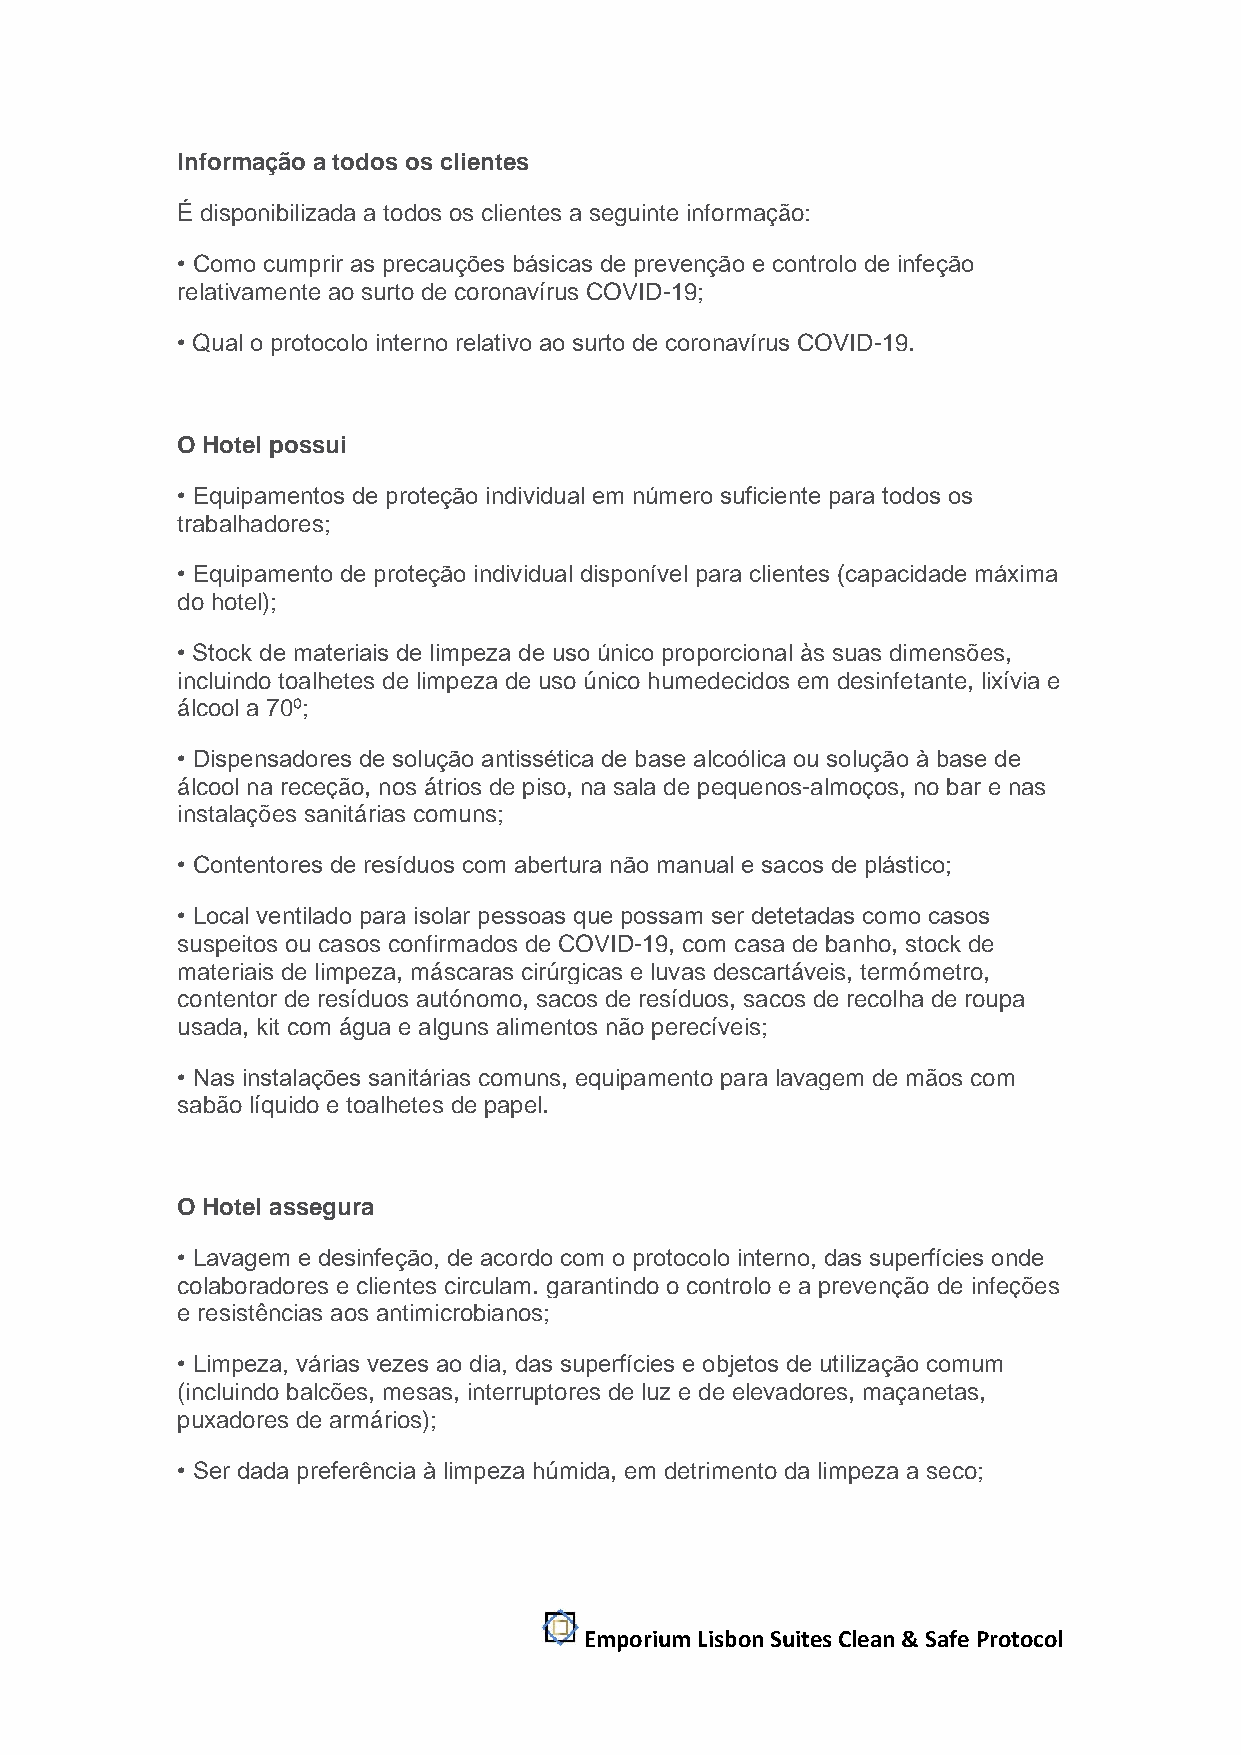
Informação a todos os clientes
 É disponibilizada a todos os clientes a seguinte informação:
 • Como cumprir as precauções básicas de prevenção e controlo de infeção
 relativamente ao surto de coronavírus COVID-19;
 • Qual o protocolo interno relativo ao surto de coronavírus COVID-19.
 O Hotel possui
 • Equipamentos de proteção individual em número suficiente para todos os
 trabalhadores;
 • Equipamento de proteção individual disponível para clientes (capacidade máxima
 do hotel);
 • Stock de materiais de limpeza de uso único proporcional às suas dimensões,
 incluindo toalhetes de limpeza de uso único humedecidos em desinfetante, lixívia e
 álcool a 70º;
 • Dispensadores de solução antissética de base alcoólica ou solução à base de
 álcool na receção, nos átrios de piso, na sala de pequenos-almoços, no bar e nas
 instalações sanitárias comuns;
 • Contentores de resíduos com abertura não manual e sacos de plástico;
 • Local ventilado para isolar pessoas que possam ser detetadas como casos
 suspeitos ou casos confirmados de COVID-19, com casa de banho, stock de
 materiais de limpeza, máscaras cirúrgicas e luvas descartáveis, termómetro,
 contentor de resíduos autónomo, sacos de resíduos, sacos de recolha de roupa
 usada, kit com água e alguns alimentos não perecíveis;
 • Nas instalações sanitárias comuns, equipamento para lavagem de mãos com
 sabão líquido e toalhetes de papel.
 O Hotel assegura
 • Lavagem e desinfeção, de acordo com o protocolo interno, das superfícies onde
 colaboradores e clientes circulam. garantindo o controlo e a prevenção de infeções
 e resistências aos antimicrobianos;
 • Limpeza, várias vezes ao dia, das superfícies e objetos de utilização comum
 (incluindo balcões, mesas, interruptores de luz e de elevadores, maçanetas,
 puxadores de armários);
 • Ser dada preferência à limpeza húmida, em detrimento da limpeza a seco;
 Emporium Lisbon Suites Clean & Safe Protocol